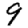
Digit: 9